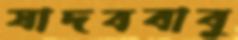
যাদববাবু